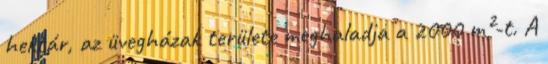
hektár, az üvegházak területe meghaladja a 2000 m²-t. A